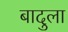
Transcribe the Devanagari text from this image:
बादुला